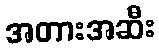
အတားအဆီး